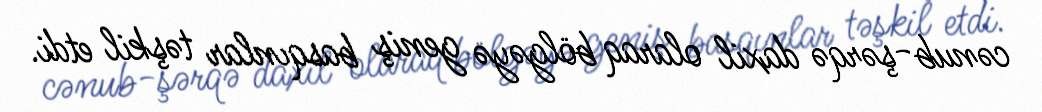
cənub-şərqə daxil olaraq bölgəyə geniş basqınlar təşkil etdi.